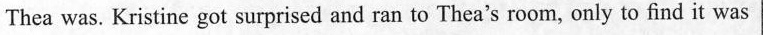
Thea was. Kristine got surprised and ran to Thea's room, only to find it was